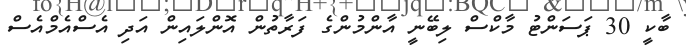
ބާކީ 30 ޕަސަންޓު މާކްސް ލިބޭނީ އާންމުންގެ ފަރާތުން އޮންލައިން އަދި އެސްއެމްއެސް